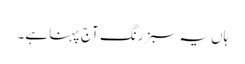
ہاں یہ سبز رنگ آج پہنا ہے۔